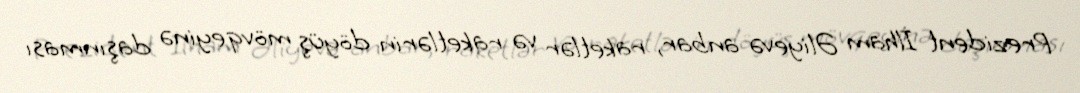
Prezident İlham Əliyevə anbar, raketlər və raketlərin döyüş mövqeyinə daşınması